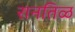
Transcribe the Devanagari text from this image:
रानतिळ